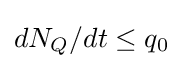
dN_{Q}/dt\leq q_{0}